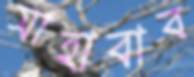
সাহাবাব